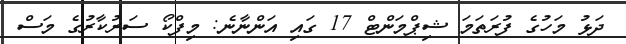
ދަޅު މަހުގެ ފުރަތަމަ ޝިޕްމަންޓް 17 ގައި އަންނާނެ: މިފްކޯ ސަރުކާރުގެ މަސް